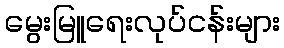
မွေးမြူရေးလုပ်ငန်းများ